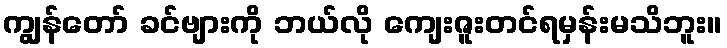
ကျွန်တော် ခင်ဗျားကို ဘယ်လို ကျေးဇူးတင်ရမှန်းမသိဘူး။